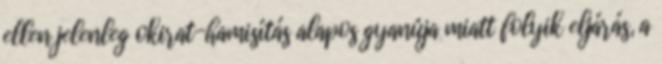
ellen jelenleg okirat-hamisítás alapos gyanúja miatt folyik eljárás, a